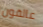
عالقون